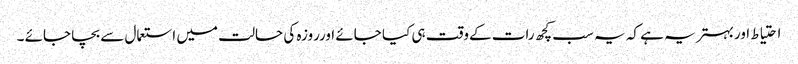
احتیاط اوربہتر یہ ہے کہ یہ سب کچھ رات کےوقت ہی کیا جائے اورروزہ کی حالت میں استعمال سے بچا جائے ۔